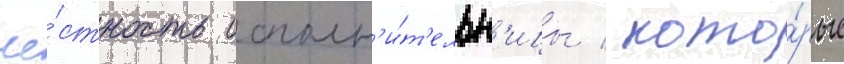
че́стность исполн'и́т'ельн'ицы / кото́рые